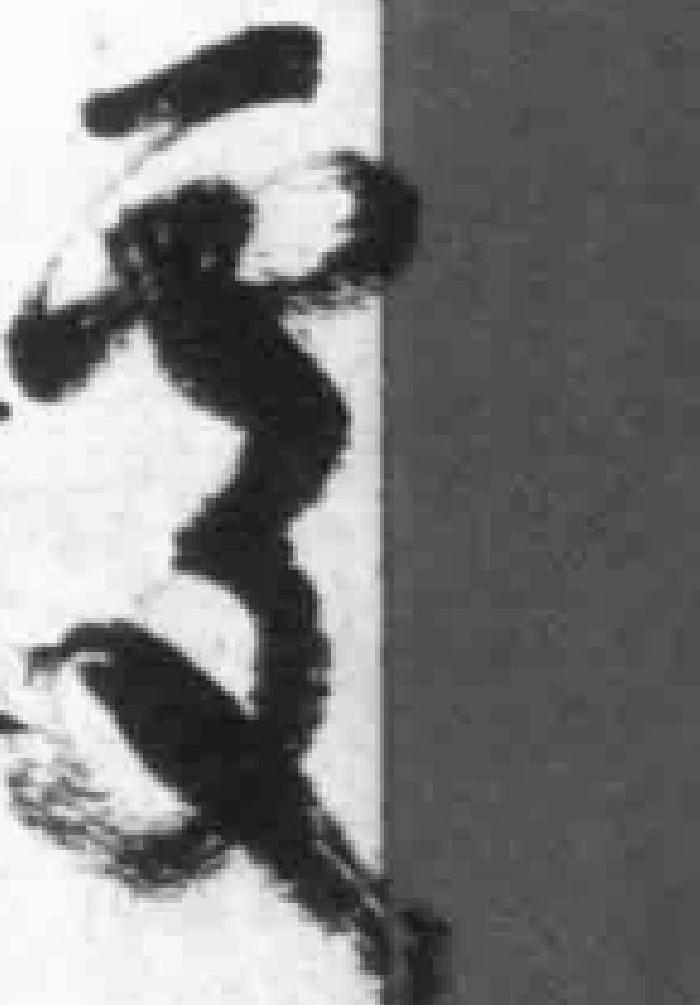
*